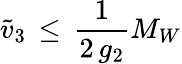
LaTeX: {\tilde{v}}_{3}\, \leq\, \frac{1}{2\, g_{2}}M_{W}